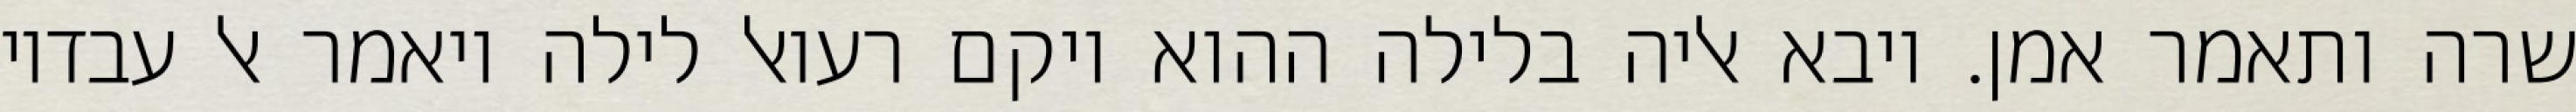
שרה ותאמר אמן. ויבא אליה בלילה ההוא ויקם רעואל לילה ויאמר אל עבדיו